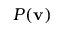
P ( { \bf v } )